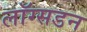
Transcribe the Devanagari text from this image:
लाॅग्सडन